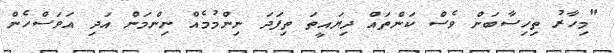
"މިހާރު ތިހިސާބަށް ވެސް ކަންތައް ދިޔައީތަ ތިފަދަ ނިންމުމެއް ނިންމަން އަދި އަވަސްހެން